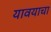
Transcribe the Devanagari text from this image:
यावयाचा